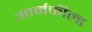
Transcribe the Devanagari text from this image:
आर्मफील्ड